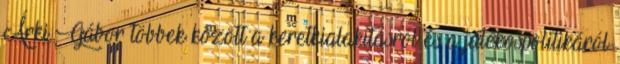
Árki Gábor többek között a keretkialakításról és a játékospolitikáról